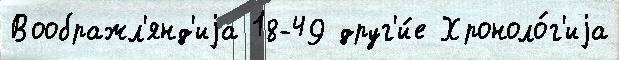
Воображл'янд'иjа 18-49 друг'и́е Хроноло́г'иjа